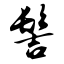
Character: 髻